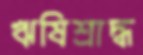
ঋষিশ্রাদ্ধ